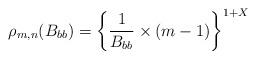
LaTeX: \begin{align*}\rho_{m,n}(B_{bb}) = \bigg\{ \frac{1}{B_{bb}}\times (m-1) \bigg\}^{1+X} \end{align*}